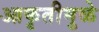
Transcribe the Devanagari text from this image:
आकृतीमुळे